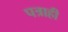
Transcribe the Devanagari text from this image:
पत्राही